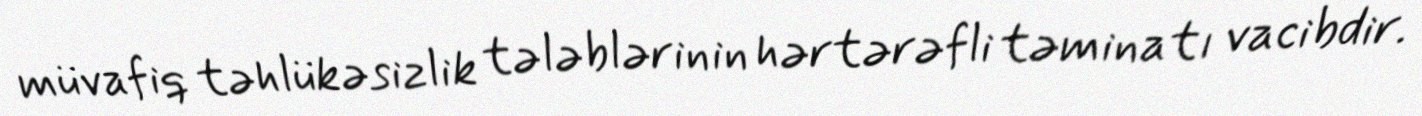
müvafiq təhlükəsizlik tələblərinin hərtərəfli təminatı vacibdir.